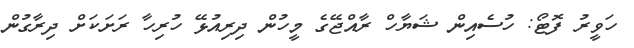
ހަވީރު ފޮޓޯ: ހުސެއިން ޝަޔާހް ރާއްޖޭގެ މީހުން ދިރިއުޅޭ ހުރިހާ ރަށަކަށް ދިރާގުން